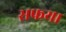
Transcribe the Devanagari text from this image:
सफया